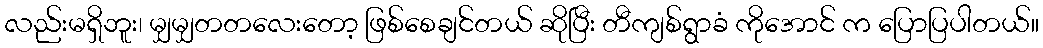
လည်းမရှိဘူး၊ မျှမျှတတလေးတော့ ဖြစ်စေချင်တယ် ဆိုပြီး တီကျစ်ရွာခံ ကိုအောင် က ပြောပြပါတယ်။